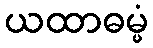
ယထာဓမ္မံ